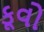
કૂવો